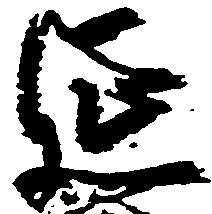
延